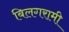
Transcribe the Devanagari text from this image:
बिलगरामी